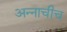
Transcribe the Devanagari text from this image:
अन्नाचीच